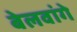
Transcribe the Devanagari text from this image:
बेलवांगे